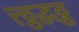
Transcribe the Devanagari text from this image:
त्त्ठ्ठद्धठ्ठ